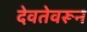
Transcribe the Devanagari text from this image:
देवतेवरून